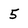
Character: 5